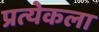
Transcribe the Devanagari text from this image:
प्रत्येकला